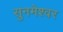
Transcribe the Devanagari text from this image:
सुनमेश्वर